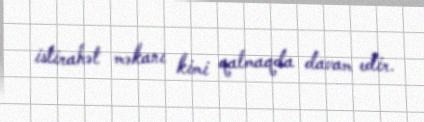
istirahət məkanı kimi qalmaqda davam edir.